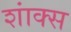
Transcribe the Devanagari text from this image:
शांक्स